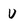
Character: U